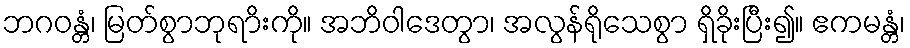
ဘဂဝန္တံ၊ မြတ်စွာဘုရာိးကို။ အဘိဝါဒေတွာ၊ အလွန်ရိုသေစွာ ရှိခိုးပြီး၍။ ဧကမန္တံ၊